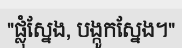
"ផ្លុំស្នែង, បង្កូកស្នែង។"